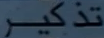
تذكر